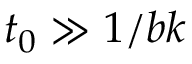
t _ { 0 } \gg 1 / b k